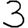
Digit: 3